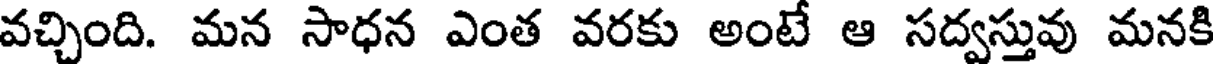
వచ్చింది. మన సాధన ఎంత వరకు అంటే ఆ సద్వస్తువు మనకి